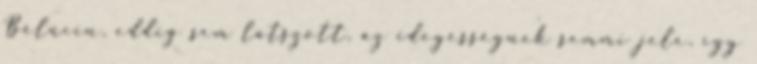
Bélucin, eddig sem látszott, az idegességnek semmi jele, így